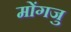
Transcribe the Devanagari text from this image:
मोंगजु